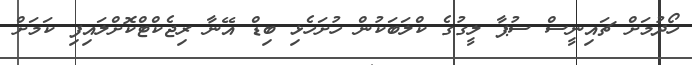
ހޯދުމަށް ޗައިނީސް ސުޕާ ލީގުގެ ކްލަބަކުން ހުށަހެޅި ބިޑް އޭނާ ރިޖެކްޓްކޮށްލައިފި ކަމަށް